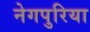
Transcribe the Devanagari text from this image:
नेगपुरिया